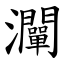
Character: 灛